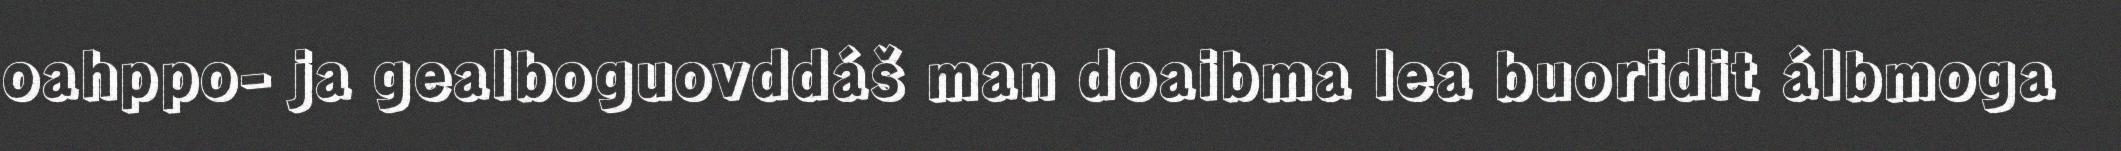
oahppo- ja gealboguovddáš man doaibma lea buoridit álbmoga